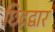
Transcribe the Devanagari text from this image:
छिद्रद्वार